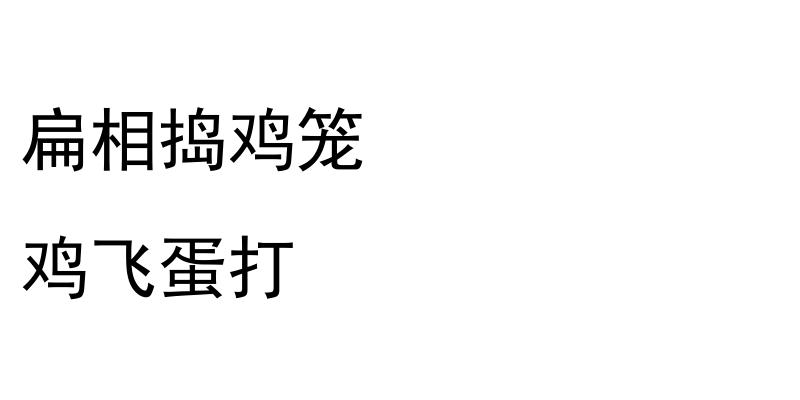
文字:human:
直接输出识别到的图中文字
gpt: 扁相捣鸡笼 鸡飞蛋打